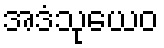
အဒံသုယေဝ